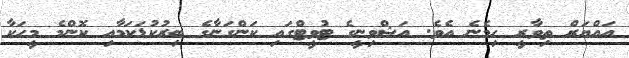
އައްޔަރް ތިވާރީ ހިމެނެ އެވެ. އަޝްވިނީގެ ޓުވީޓްގައި ކަންގަނާގެ ބިރުކުޑަކަމާއި ކޮންމެ މީހަކާ